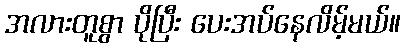
အလားတူစွာ ပိုပြီး ပေးအပ်နေလိမ့်မယ်။